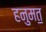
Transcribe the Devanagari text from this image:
हनुमत॒